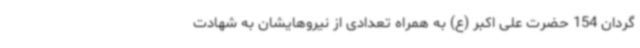
گردان 154 حضرت علی اکبر (ع) به همراه تعدادی از نیروهایشان به شهادت